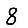
Digit: 8